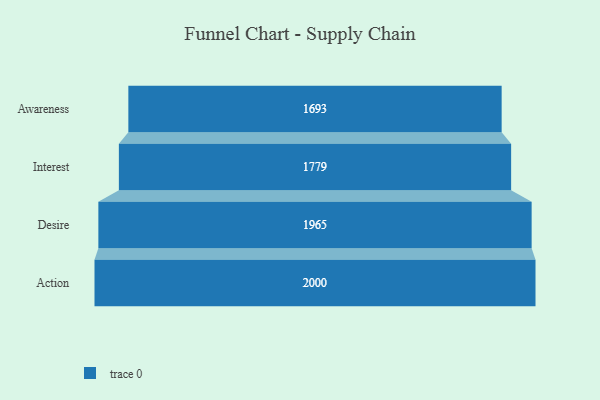
{"axis": {"x": "Stage", "y": "Value"}, "legend": [""], "data": [{"x": "Awareness", "y": 1693.0, "type": ""}, {"x": "Interest", "y": 1779.0, "type": ""}, {"x": "Desire", "y": 1965.0, "type": ""}, {"x": "Action", "y": 2000, "type": ""}]}